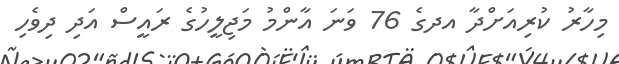
މިހާރު ކުރިއަށްދާ އދގެ 76 ވަނަ އާންމު މަޖިލީހުގެ ރައީސް އަދި ދިވެހި